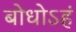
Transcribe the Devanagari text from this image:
बोधोऽहं